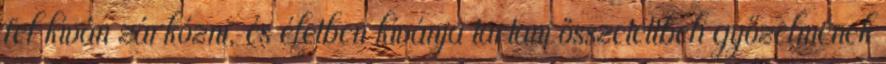
fel kíván zárkózni, és életben kívánja tartani összetettbeli győzelmének